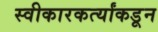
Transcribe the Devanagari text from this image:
स्वीकारकर्त्यांकडून